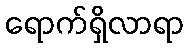
ရောက်ရှိလာရာ